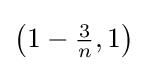
\left(1-{\tfrac {3}{n}},1\right)